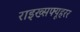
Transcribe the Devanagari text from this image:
राइख्सफ्यूहरर